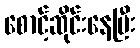
စောင့်ဆိုင်းနေပြီး